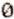
0